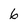
Character: 6